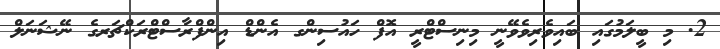
2. މި ބީލަމުގައި ބައިވެރިވެވޭނީ މިނިސްޓްރީ އޮފް ހައުސިންގ އެންޑް އިންފްރާސްޓްރަކްޗަރގެ ނޭޝަނަލް